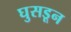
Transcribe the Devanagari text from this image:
घुसडून